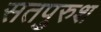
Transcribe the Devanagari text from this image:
सतपुरुश